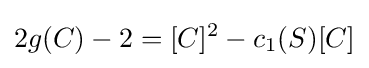
2g(C)-2=[C]^{2}-c_{1}(S)[C]